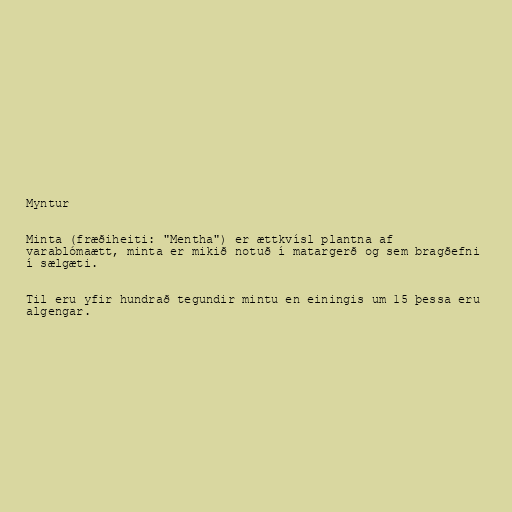
Myntur

Minta (fræðiheiti: "Mentha") er ættkvísl plantna af
varablómaætt, minta er mikið notuð í matargerð og sem bragðefni
í sælgæti.

Til eru yfir hundrað tegundir mintu en einingis um 15 þessa eru
algengar.